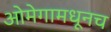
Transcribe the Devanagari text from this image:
ओमेगामधूनच